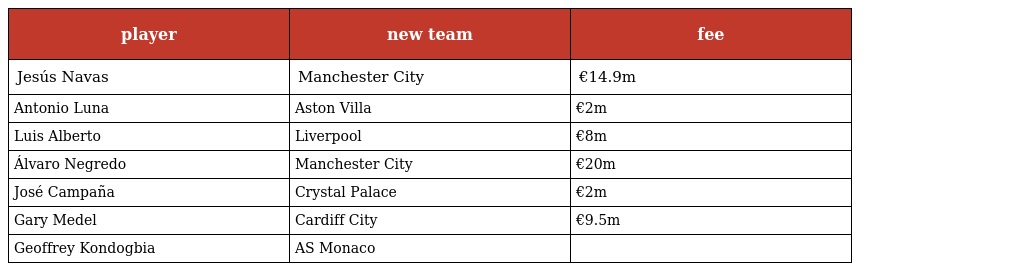
| player | new team | fee |
 | --- | --- | --- |
 | Jesús Navas | Manchester City | €14.9m |
 | Antonio Luna | Aston Villa | €2m |
 | Luis Alberto | Liverpool | €8m |
 | Álvaro Negredo | Manchester City | €20m |
 | José Campaña | Crystal Palace | €2m |
 | Gary Medel | Cardiff City | €9.5m |
 | Geoffrey Kondogbia | AS Monaco |  |